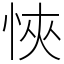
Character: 悏